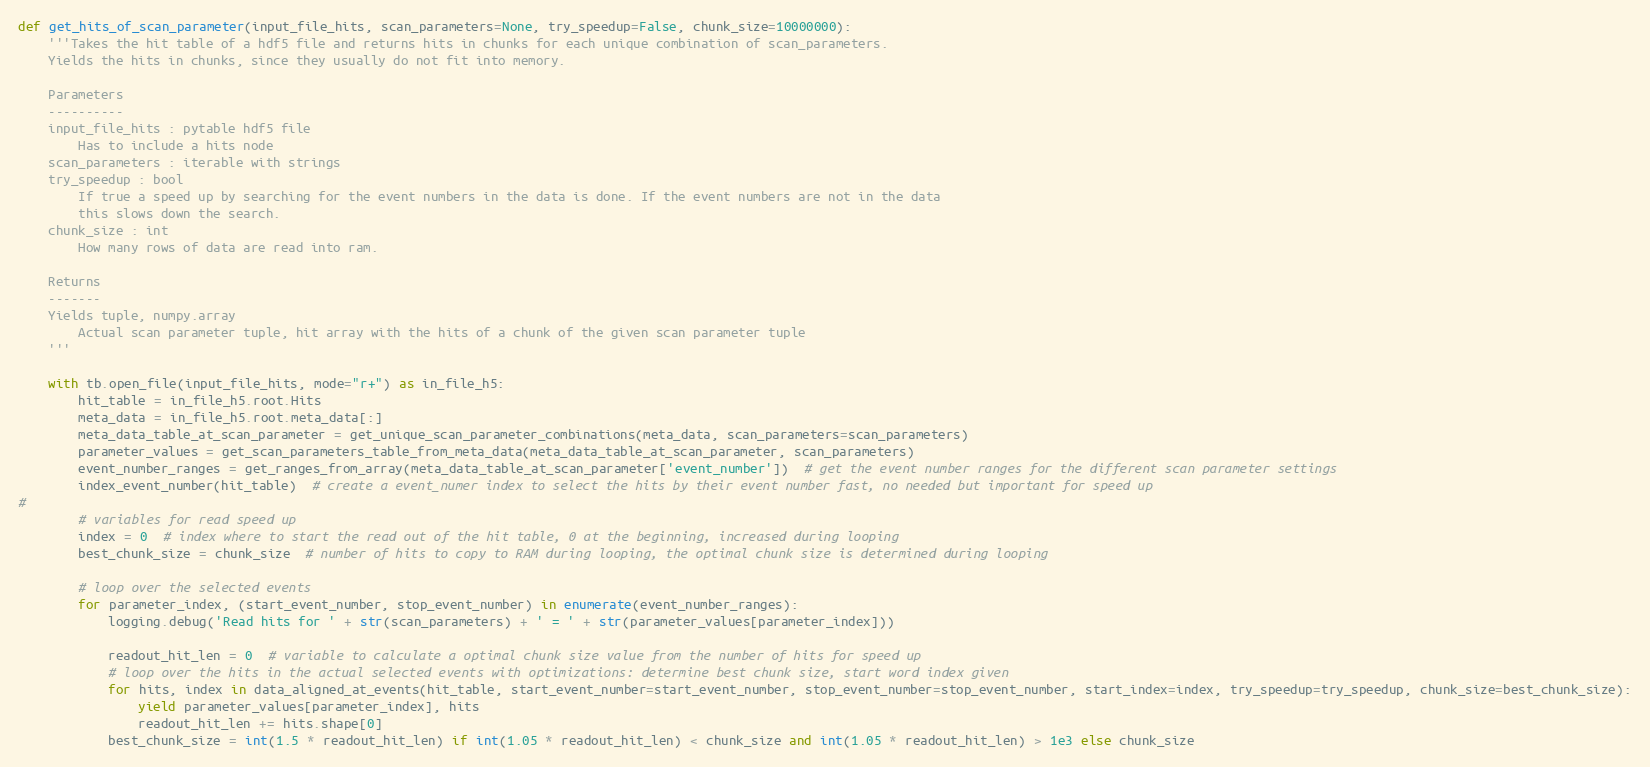
Language: Python
def get_hits_of_scan_parameter(input_file_hits, scan_parameters=None, try_speedup=False, chunk_size=10000000):
    '''Takes the hit table of a hdf5 file and returns hits in chunks for each unique combination of scan_parameters.
    Yields the hits in chunks, since they usually do not fit into memory.

    Parameters
    ----------
    input_file_hits : pytable hdf5 file
        Has to include a hits node
    scan_parameters : iterable with strings
    try_speedup : bool
        If true a speed up by searching for the event numbers in the data is done. If the event numbers are not in the data
        this slows down the search.
    chunk_size : int
        How many rows of data are read into ram.

    Returns
    -------
    Yields tuple, numpy.array
        Actual scan parameter tuple, hit array with the hits of a chunk of the given scan parameter tuple
    '''

    with tb.open_file(input_file_hits, mode="r+") as in_file_h5:
        hit_table = in_file_h5.root.Hits
        meta_data = in_file_h5.root.meta_data[:]
        meta_data_table_at_scan_parameter = get_unique_scan_parameter_combinations(meta_data, scan_parameters=scan_parameters)
        parameter_values = get_scan_parameters_table_from_meta_data(meta_data_table_at_scan_parameter, scan_parameters)
        event_number_ranges = get_ranges_from_array(meta_data_table_at_scan_parameter['event_number'])  # get the event number ranges for the different scan parameter settings
        index_event_number(hit_table)  # create a event_numer index to select the hits by their event number fast, no needed but important for speed up
#
        # variables for read speed up
        index = 0  # index where to start the read out of the hit table, 0 at the beginning, increased during looping
        best_chunk_size = chunk_size  # number of hits to copy to RAM during looping, the optimal chunk size is determined during looping

        # loop over the selected events
        for parameter_index, (start_event_number, stop_event_number) in enumerate(event_number_ranges):
            logging.debug('Read hits for ' + str(scan_parameters) + ' = ' + str(parameter_values[parameter_index]))

            readout_hit_len = 0  # variable to calculate a optimal chunk size value from the number of hits for speed up
            # loop over the hits in the actual selected events with optimizations: determine best chunk size, start word index given
            for hits, index in data_aligned_at_events(hit_table, start_event_number=start_event_number, stop_event_number=stop_event_number, start_index=index, try_speedup=try_speedup, chunk_size=best_chunk_size):
                yield parameter_values[parameter_index], hits
                readout_hit_len += hits.shape[0]
            best_chunk_size = int(1.5 * readout_hit_len) if int(1.05 * readout_hit_len) < chunk_size and int(1.05 * readout_hit_len) > 1e3 else chunk_size